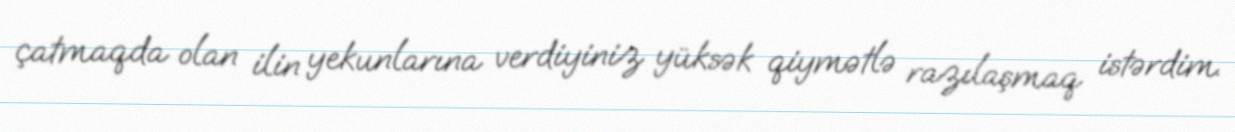
çatmaqda olan ilin yekunlarına verdiyiniz yüksək qiymətlə razılaşmaq istərdim.